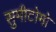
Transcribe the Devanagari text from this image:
सुमीटोमो